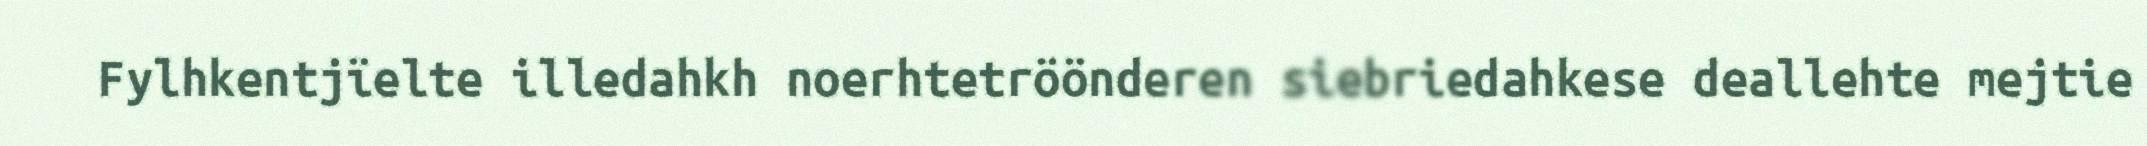
Fylhkentjïelte illedahkh noerhtetröönderen siebriedahkese deallehte mejtie